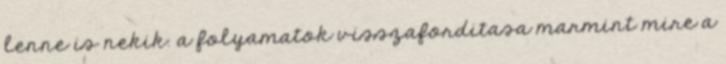
lenne is nekik. a folyamatok visszaforditasa marmint mire a